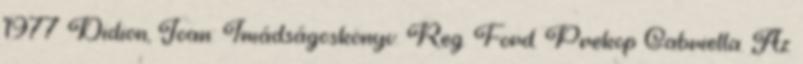
1977 Didion, Joan: Imádságoskönyv. Reg. Ford. Prekop Gabriella. Az